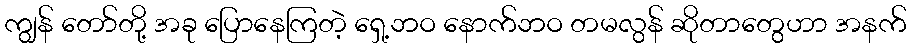
ကျွန် တော်တို့ အခု ပြောနေကြတဲ့ ရှေ့ဘဝ နောက်ဘဝ တမလွန် ဆိုတာတွေဟာ အနက်